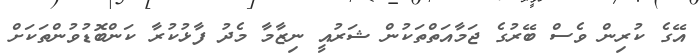
އޭގެ ކުރިން ވެސް ބޭރުގެ ޖަމާއަތްތަކުން ޝަރުއީ ނިޒާމާ މެދު ފާޅުކުރާ ކަންބޮޑުވުންތަކަށް